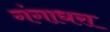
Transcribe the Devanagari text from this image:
गंगाधरा